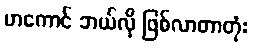
ဟကောင် ဘယ်လို ဖြစ်လာတာတုံး